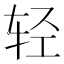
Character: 轻